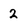
Character: 2